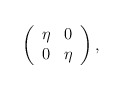
\begin{align*}\left(\begin{array}{cc} \eta & 0 \\ 0 & \eta \end{array}\right),\end{align*}